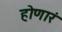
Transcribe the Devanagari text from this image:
होणारं